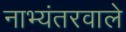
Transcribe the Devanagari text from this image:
नाभ्यंतरवाले